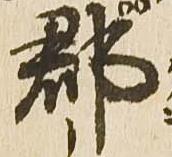
郡